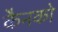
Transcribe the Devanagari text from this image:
कैनको